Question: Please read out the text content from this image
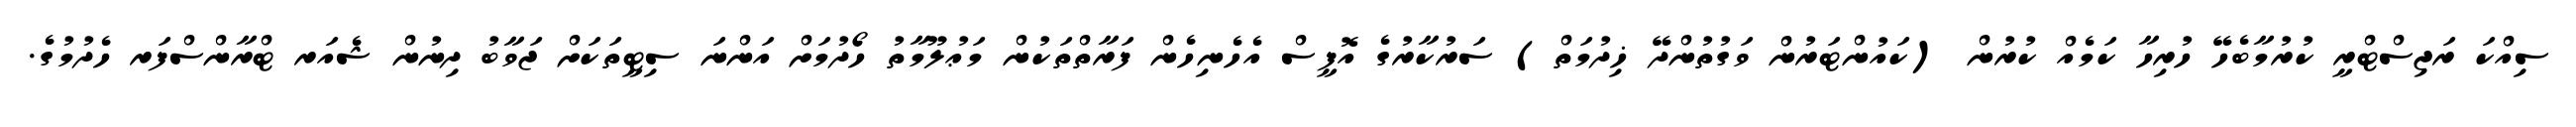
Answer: ސިއްކަ ރަޖިސްޓްރީ ކުރުމާބެހޭ ހުރިހާ ކަމެއް ކުރުން (ކައުންޓަރުން ވަގުތުންދޭ ޚިދުމަތް) ސަރުކާރުގެ އޮފީސް އެހެނިހެން ފަރާތްތަކުން މަޢުލޫމާތު ހޯދުމަށް އަންނަ ސިޓީތަކަށް ޖަވާބު ދިނުން ޝެއަރ ޓްރާންސްފަރ ހެދުމުގެ.